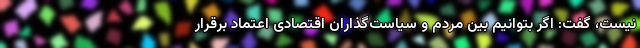
نیست، گفت: اگر بتوانیم بین مردم و سیاست‌گذاران اقتصادی اعتماد برقرار